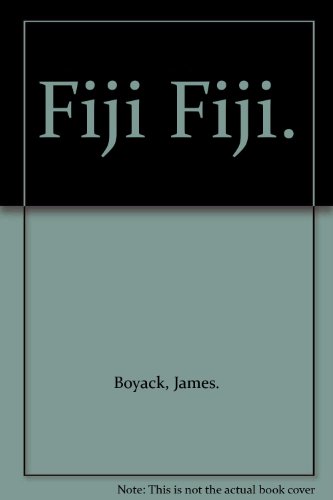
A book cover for Fiji Fiji.; James. Boyack; Travel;